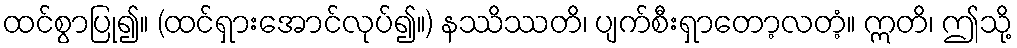
ထင်စွာပြု၍။ (ထင်ရှားအောင်လုပ်၍။) နဿိဿတိ၊ ပျက်စီးရှာတော့လတံ့။ ဣတိ၊ ဤသို့